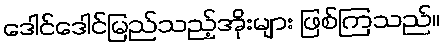
ဒေါင်ဒေါင်မြည်သည့်အိုးများ ဖြစ်ကြသည်။